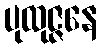
ပုထုဇ္ဇနေ